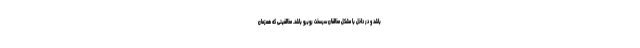
باشد و در داخل با مشکل مخالفان سرسخت روبرو باشد. مخالفینی که همزمان